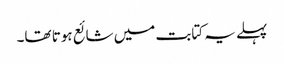
پہلے یہ کتابت میں شائع ہوتا تھا۔